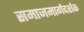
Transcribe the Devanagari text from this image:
समाजमार्गदर्शक